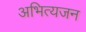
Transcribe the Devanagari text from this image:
अभित्यजन